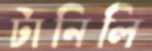
টানিলি